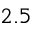
2 . 5